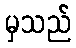
မှသည်